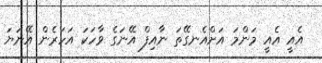
އެއީ އެއީ މަންމަ އަށްއެނގޭތަ ނާއިފް އޭނަގެ ވާހަކަ އަހަރެން އޭނަޔަ